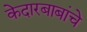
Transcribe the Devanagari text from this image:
केदारबाबांचे